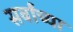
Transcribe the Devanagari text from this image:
सर्वांच्‍या